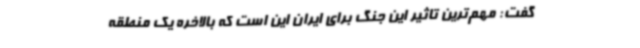
گفت: مهم‌ترین تاثیر این جنگ برای ایران این است که بالاخره یک منطقه